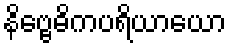
နိဗ္ဗေဓိကပရိယာယော